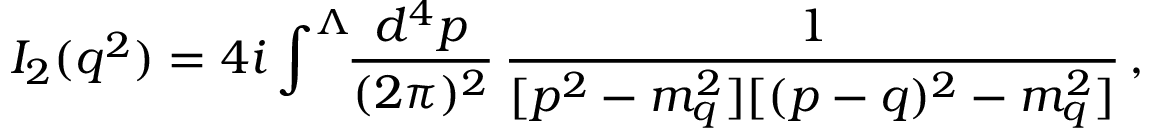
I _ { 2 } ( q ^ { 2 } ) = 4 i \int ^ { \Lambda } \! \! { \frac { d ^ { 4 } p } { ( 2 \pi ) ^ { 2 } } } \, { \frac { 1 } { [ p ^ { 2 } - m _ { q } ^ { 2 } ] [ ( p - q ) ^ { 2 } - m _ { q } ^ { 2 } ] } } \, ,